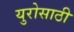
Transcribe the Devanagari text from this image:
युरोसाठी